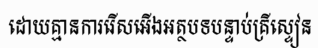
ដោយគ្មានការរើសអើងអត្ថបទបន្ទាប់គ្រីស្ទៀន